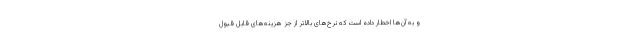
و به آن‌ها اخطار داده است که نرخ‌های بالاتر از جز هزینه‌های قابل قبول